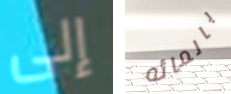
إلى بالمائه